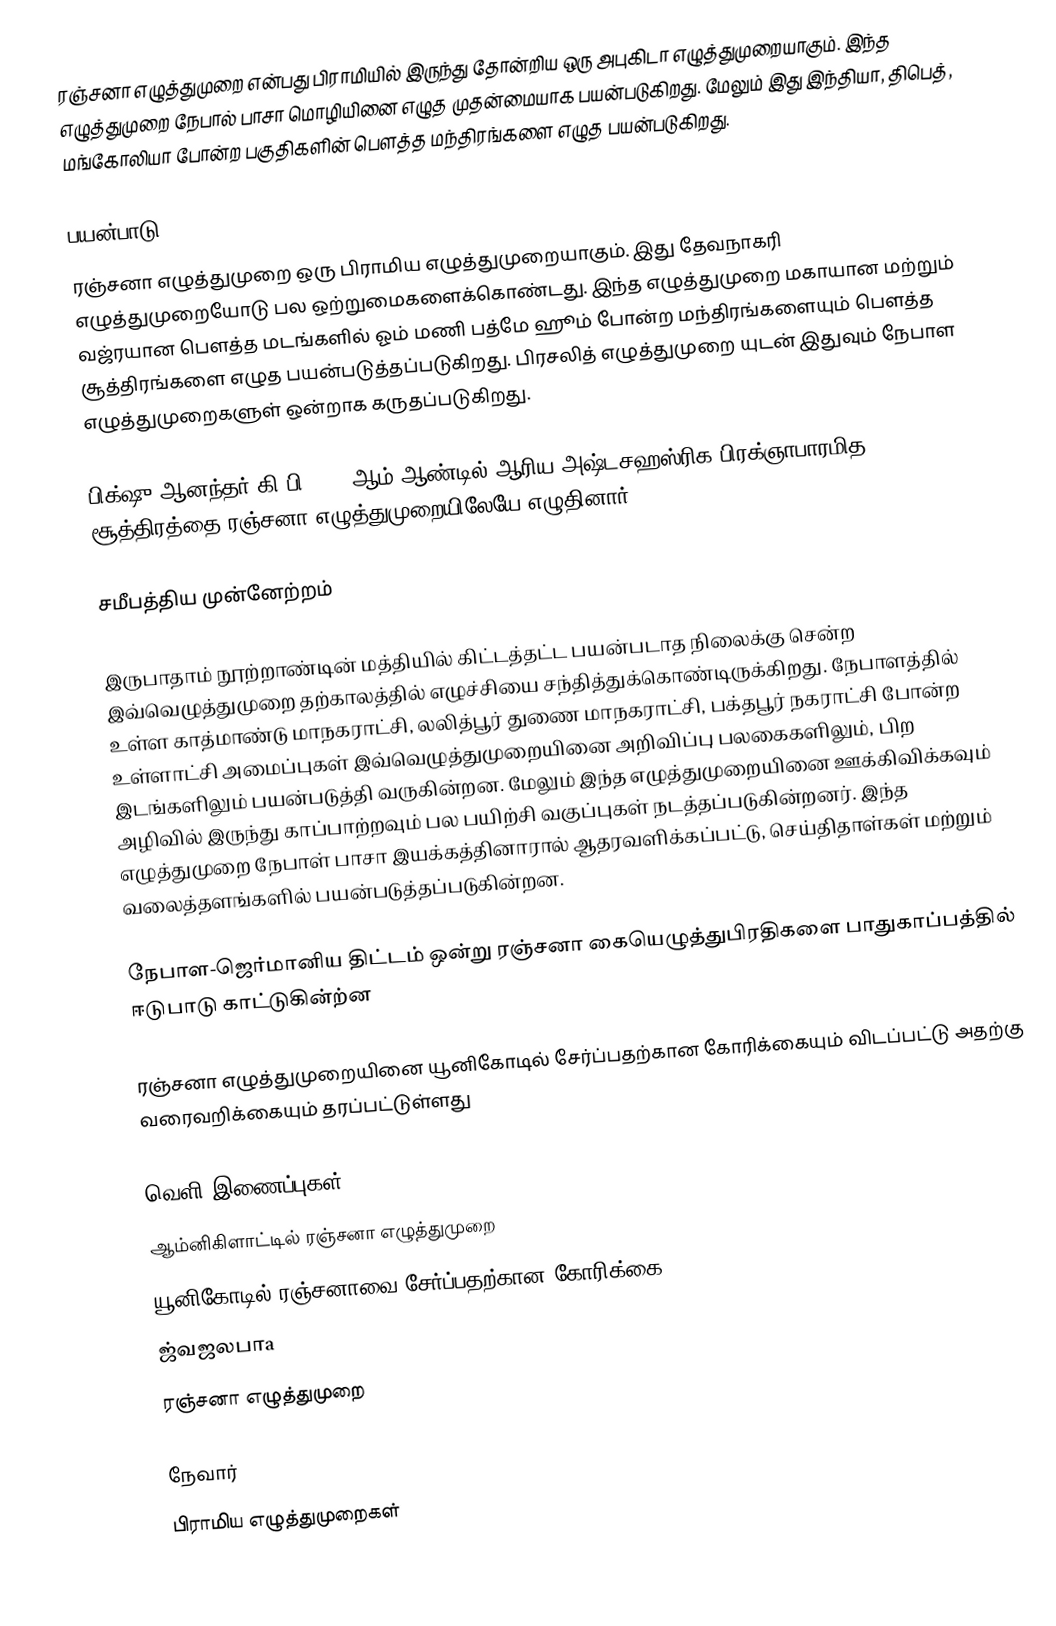
ரஞ்சனா எழுத்துமுறை என்பது பிராமியில் இருந்து தோன்றிய ஒரு அபுகிடா  எழுத்துமுறையாகும். இந்த எழுத்துமுறை நேபால் பாசா  மொழியினை எழுத முதன்மையாக பயன்படுகிறது. மேலும் இது இந்தியா, திபெத், மங்கோலியா போன்ற பகுதிகளின் பௌத்த மந்திரங்களை எழுத பயன்படுகிறது.

பயன்பாடு
ரஞ்சனா எழுத்துமுறை ஒரு பிராமிய எழுத்துமுறையாகும். இது தேவநாகரி எழுத்துமுறையோடு பல ஒற்றுமைகளைக்கொண்டது. இந்த எழுத்துமுறை மகாயான மற்றும் வஜ்ரயான  பௌத்த மடங்களில் ஓம் மணி பத்மே ஹூம்  போன்ற மந்திரங்களையும் பௌத்த சூத்திரங்களை எழுத பயன்படுத்தப்படுகிறது. பிரசலித் எழுத்துமுறை யுடன் இதுவும் நேபாள எழுத்துமுறைகளுள் ஒன்றாக கருதப்படுகிறது.

பிக்‌ஷு ஆனந்தர் கி.பி 1215 ஆம் ஆண்டில் ஆரிய அஷ்டசஹஸ்ரிக பிரக்ஞாபாரமித சூத்திரத்தை ரஞ்சனா எழுத்துமுறையிலேயே எழுதினார்

சமீபத்திய முன்னேற்றம்

இருபாதாம் நூற்றாண்டின் மத்தியில் கிட்டத்தட்ட பயன்படாத நிலைக்கு சென்ற இவ்வெழுத்துமுறை தற்காலத்தில் எழுச்சியை சந்தித்துக்கொண்டிருக்கிறது.  நேபாளத்தில் உள்ள காத்மாண்டு மாநகராட்சி,  லலித்பூர் துணை மாநகராட்சி, பக்தபூர் நகராட்சி போன்ற உள்ளாட்சி அமைப்புகள் இவ்வெழுத்துமுறையினை அறிவிப்பு பலகைகளிலும், பிற இடங்களிலும் பயன்படுத்தி வருகின்றன. மேலும் இந்த எழுத்துமுறையினை ஊக்கிவிக்கவும் அழிவில் இருந்து காப்பாற்றவும் பல பயிற்சி வகுப்புகள் நடத்தப்படுகின்றனர். இந்த எழுத்துமுறை நேபாள் பாசா இயக்கத்தினாரால் ஆதரவளிக்கப்பட்டு, செய்திதாள்கள் மற்றும் வலைத்தளங்களில் பயன்படுத்தப்படுகின்றன.

நேபாள-ஜெர்மானிய திட்டம் ஒன்று ரஞ்சனா கையெழுத்துபிரதிகளை பாதுகாப்பத்தில் ஈடுபாடு காட்டுகின்ற்ன

ரஞ்சனா எழுத்துமுறையினை யூனிகோடில் சேர்ப்பதற்கான கோரிக்கையும் விடப்பட்டு அதற்கு வரைவறிக்கையும் தரப்பட்டுள்ளது

வெளி இணைப்புகள்
ஆம்னிகிளாட்டில் ரஞ்சனா எழுத்துமுறை
யூனிகோடில் ரஞ்சனாவை சேர்ப்பதற்கான கோரிக்கை
ஜ்வஜலபாa
ரஞ்சனா எழுத்துமுறை

நேவார்
பிராமிய எழுத்துமுறைகள்